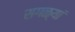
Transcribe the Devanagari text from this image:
सगळ्यां